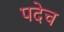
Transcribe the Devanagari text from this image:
पदेच